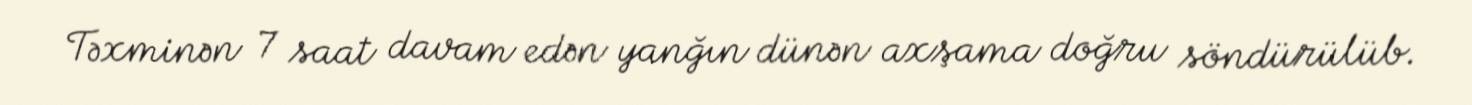
Təxminən 7 saat davam edən yanğın dünən axşama doğru söndürülüb.